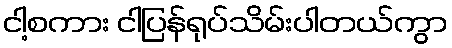
ငါ့စကား ငါပြန်ရုပ်သိမ်းပါတယ်ကွာ